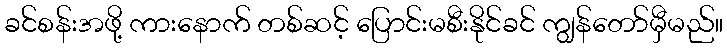
ခင်စန်းအဖို့ ကားနောက် တစ်ဆင့် ပြောင်းမစီးနိုင်ခင် ကျွန်တော်မှီမည်။